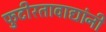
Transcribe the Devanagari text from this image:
फुटीरतावाद्यांनी